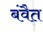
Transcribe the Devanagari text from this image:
बंवैत